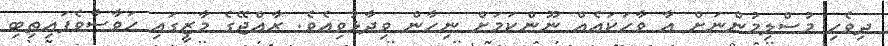
ދިވެހި މުސްލިމުންނަށް އާ ވާހަކައެއް ނޫންކަމަށް ނިހާން ވިދާޅުވިއެވެ. ރާއްޖޭގެ މާޒީގައި ހަވާސާވެފައިތިބި